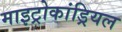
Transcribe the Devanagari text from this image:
माइट्रोकांड्रियल